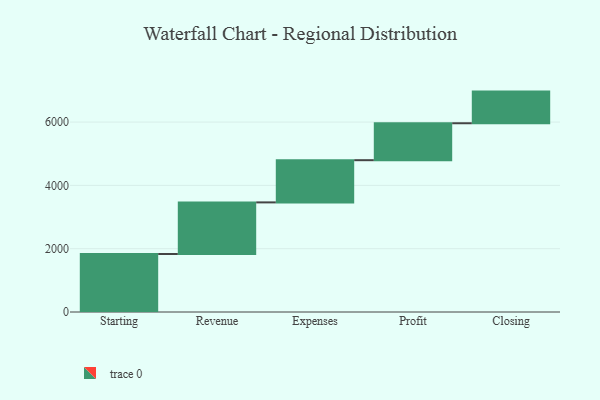
{"axis": {"x": "Step", "y": "Value"}, "legend": [""], "data": [{"x": "Starting", "y": 1832.0, "type": ""}, {"x": "Revenue", "y": 1631.0, "type": ""}, {"x": "Expenses", "y": 1333.0, "type": ""}, {"x": "Profit", "y": 1167.0, "type": ""}, {"x": "Closing", "y": 1000, "type": ""}]}